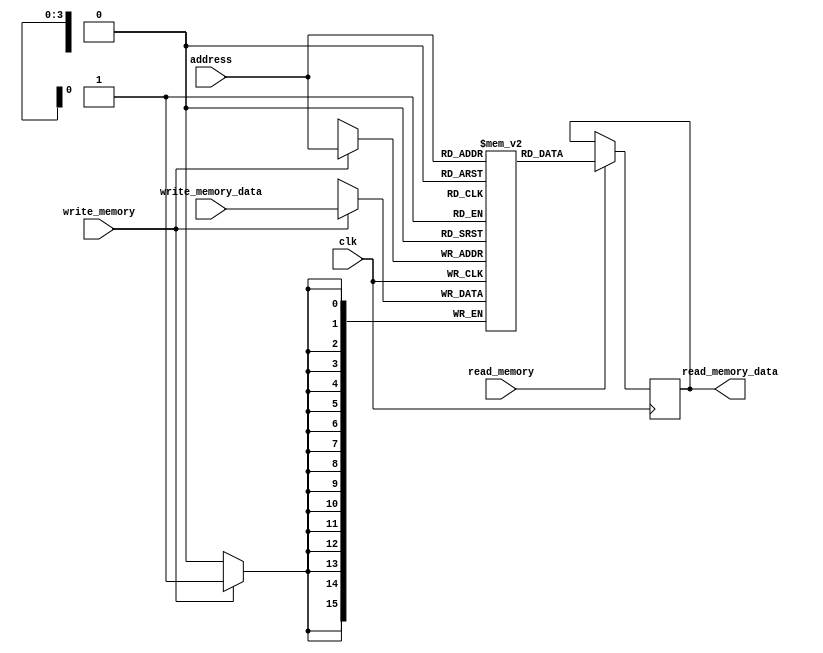
module ram(read_memory_data, write_memory_data, read_memory, write_memory, address, clk);
  
  parameter ADDRESS_MAX = 16;
  parameter ADDRESS_BITS = 4;
  parameter DATA_WIDTH = 16;
  
  input write_memory,read_memory,clk;
  input [ADDRESS_BITS-1:0] address;
  input [DATA_WIDTH-1:0]  write_memory_data;
  output reg [DATA_WIDTH-1:0]  read_memory_data;
  
  reg [DATA_WIDTH-1:0] ram [ADDRESS_MAX-1:0];
  
  always@(posedge clk)begin
    if(read_memory)
      read_memory_data <= ram[address];
    else
      ;
  end
  
  always@(negedge clk)begin
    if(write_memory)
      ram[address] <= write_memory_data;
    else
      ;
  end
  
endmodule